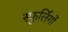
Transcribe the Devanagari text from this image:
स्फुर्लिगों